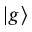
| g \rangle